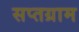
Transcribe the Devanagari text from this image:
सप्तग्राम